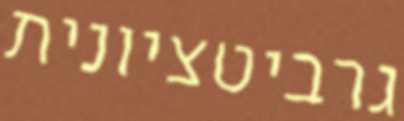
גרביטציונית